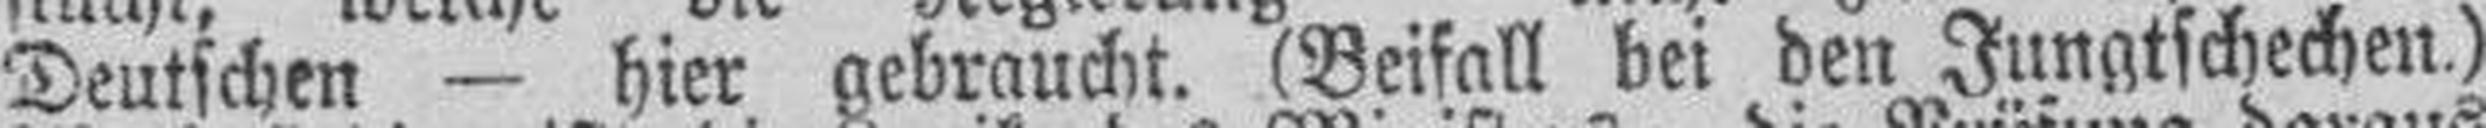
Deutschen — hier gebraucht. (Beifall bei den Jungtschechen.)